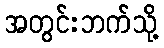
အတွင်းဘက်သို့